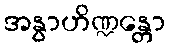
အနွာဟိဏ္ဍန္တော